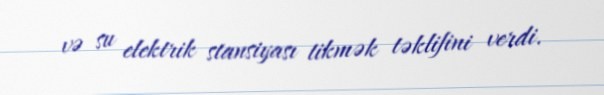
və su elektrik stansiyası tikmək təklifini verdi.